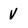
Character: V